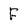
Character: F